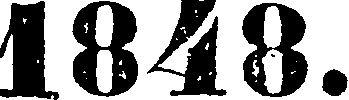
1848.